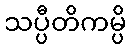
သပ္ပီတိကမ္ပိ